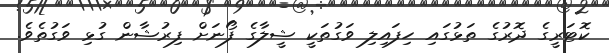
ކޮޓަރީގެ ދޮރުގެ ތަޅުގައި ހިފައިލި ވަގުތަކީ ޝީލާގެ ފޯނަށް ފިރުޝާން ގުޅި ވަގުތެވެ.